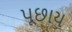
પૂછાય